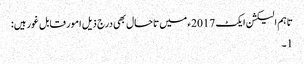
تاہم الیکشن ایکٹ 2017ء میں تاحال بھی درج ذیل امور قابل غور ہیں:
1۔